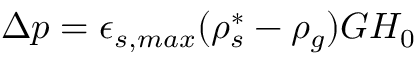
\Delta p = \epsilon _ { s , m a x } ( \rho _ { s } ^ { * } - \rho _ { g } ) G H _ { 0 }